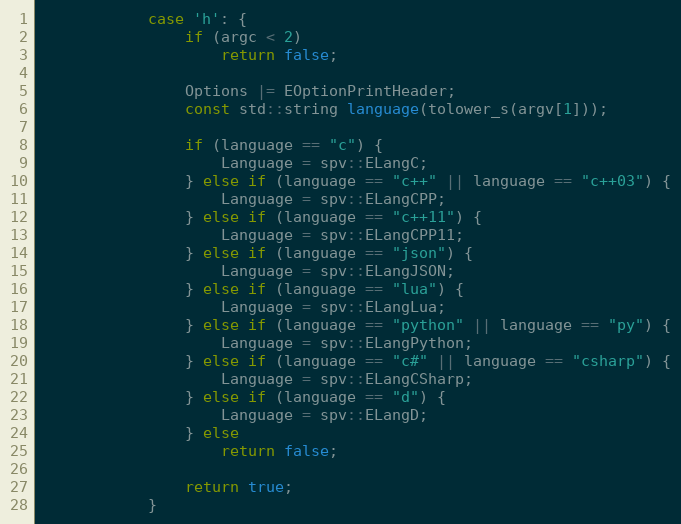
Language: C++
            case 'h': {
                if (argc < 2)
                    return false;

                Options |= EOptionPrintHeader;
                const std::string language(tolower_s(argv[1]));

                if (language == "c") {
                    Language = spv::ELangC;
                } else if (language == "c++" || language == "c++03") {
                    Language = spv::ELangCPP;
                } else if (language == "c++11") {
                    Language = spv::ELangCPP11;
                } else if (language == "json") {
                    Language = spv::ELangJSON;
                } else if (language == "lua") {
                    Language = spv::ELangLua;
                } else if (language == "python" || language == "py") {
                    Language = spv::ELangPython;
                } else if (language == "c#" || language == "csharp") {
                    Language = spv::ELangCSharp;
                } else if (language == "d") {
                    Language = spv::ELangD;
                } else
                    return false;

                return true;
            }